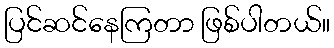
ပြင်ဆင်နေကြတာ ဖြစ်ပါတယ်။